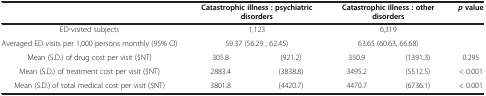
<table><thead><tr><td><b> </b></td><td colspan="2"><b>Catastrophic illness : psychiatric disorders</b></td><td colspan="2"><b>Catastrophic illness : other disorders</b></td><td><b><i>p </i>value</b></td></tr></thead><tbody><tr><td>ED-visited subjects</td><td colspan="2">1,123</td><td colspan="2">6,319</td><td> </td></tr><tr><td>Averaged ED visits per 1,000 persons monthly (95% CI)</td><td colspan="2">59.37 (56.29 , 62.45)</td><td colspan="2">63.65 (60.63, 66.68)</td><td> </td></tr><tr><td>Mean (S.D.) of drug cost per visit ($NT)</td><td>305.8</td><td>(921.2)</td><td>350.9</td><td>(1391.3)</td><td>0.295</td></tr><tr><td>Mean (S.D.) of treatment cost per visit ($NT)</td><td>2883.4</td><td>(3838.8)</td><td>3495.2</td><td>(5512.5)</td><td>&lt; 0.001</td></tr><tr><td>Mean (S.D.) of total medical cost per visit ($NT)</td><td>3801.8</td><td>(4420.7)</td><td>4470.7</td><td>(6736.1)</td><td>&lt; 0.001</td></tr></tbody></table>